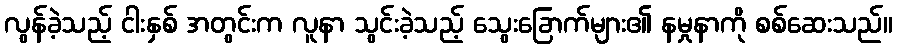
လွန်ခဲ့သည့် ငါးနှစ် အတွင်းက လူနာ သွင်းခဲ့သည့် သွေးခြောက်များ၏ နမှုနာကို စစ်ဆေးသည်။